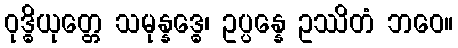
ဝုဒ္ဓိယုတ္တေ သမုန္နဒ္ဓေ၊ ဥပ္ပန္နေ ဥဿိတံ ဘဝေ။